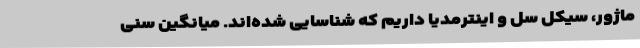
ماژور، سیکل سل و اینترمدیا داریم که شناسایی‌ شده‌اند. میانگین سنی